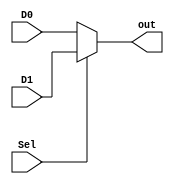
module mux (
    input wire D0, D1,
    input wire Sel,
    output reg out
);

always @(*) begin
    out = (Sel == 0) ? D0 : D1;
end
    
endmodule